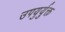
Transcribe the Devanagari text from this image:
उपयुर्युक्त